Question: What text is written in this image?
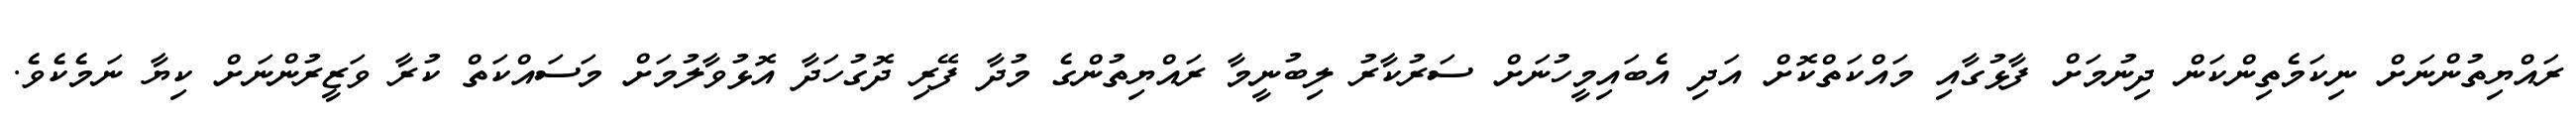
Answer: ރައްޔިތުންނަށް ނިކަމެތިންކަން ދިނުމަށް ފާޅުގާއި މައްކަތްކޮށް އަދި އެބައިމީހުނަށް ސަރުކާރު ލިބުނީމާ ރައްޔިތުންގެ މުދާ ފޭރި ދޮގުހަދާ އޮޅުވާލުމަށް މަސައްކަތް ކުރާ ވަޒީރުންނަށް ކިޔާ ނަމެކެވެ.